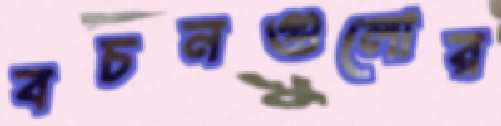
বচনগুলোর